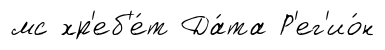
мс хр'еб'е́т Да́та Р'ег'ио́н